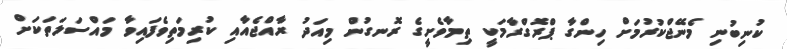
ކުނިބުނި މެނޭޖްކުރުމަށް ހިންގާ ޕްރޮގްރާމަކީ ތިމާވެށީގެ ރޮނގުން މިއަދު ރާއްޖެއާއި ކުރިމަތިވެފައިވާ މައްސަލަތަކަށް